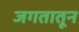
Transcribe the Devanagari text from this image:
जगतातून